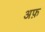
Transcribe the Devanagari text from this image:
अफ़